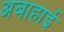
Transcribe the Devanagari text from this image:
अबाहाई